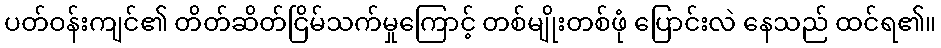
ပတ်ဝန်းကျင်၏ တိတ်ဆိတ်ငြိမ်သက်မှုကြောင့် တစ်မျိုးတစ်ဖုံ ပြောင်းလဲ နေသည် ထင်ရ၏။